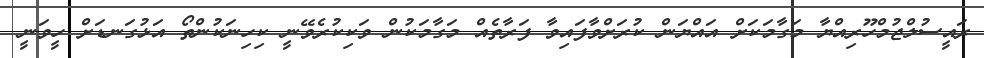
ރައީސުލްޖުމްހޫރިއްޔާ މަގާމަކަށް އައްޔަން ކުރަށްވާފައިވާ ފަރާތެއް މަގާމަކުން ވަކިކުރެވޭނީ ކިހިނަކުންތޯ އަޅުގަނޑަށް ހީވަނީ